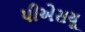
પીએસયૂ